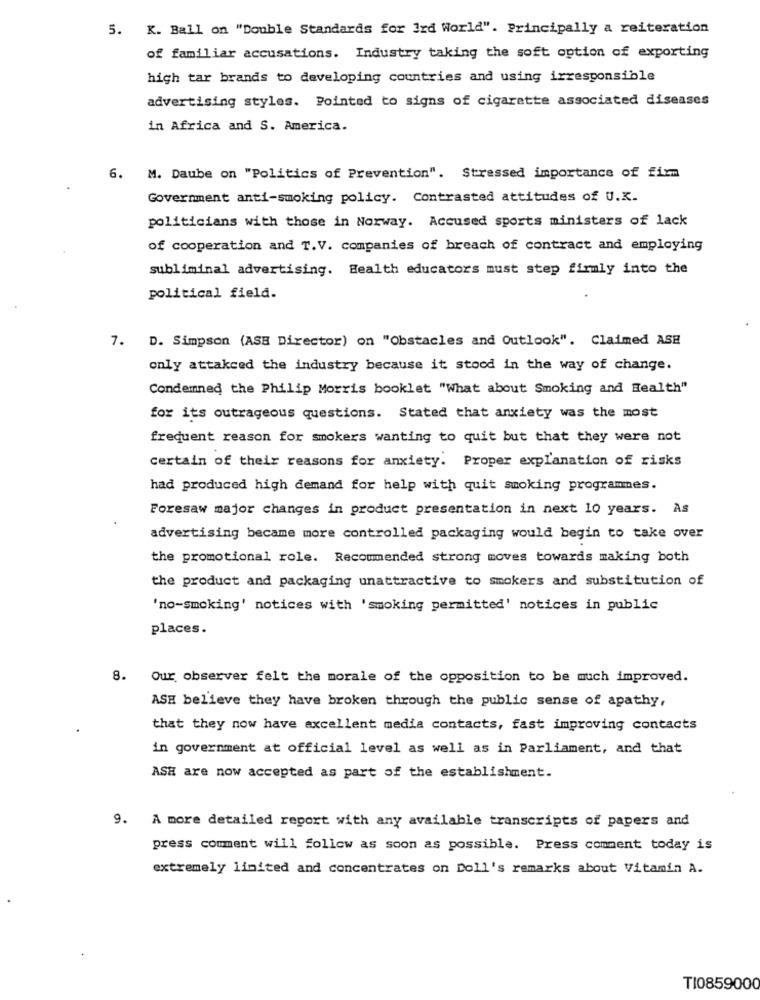
5. K. Ball on "Double Standards for 3rd World". Principally a reiteration
of familiar accusations. Industry taking the soft option of exporting
high tar brands to developing countries and using irresponsible
advertising styles. Pointed to signs of cigarette associated diseases
in Africa and S. America.
6. M. Daube on "Politics of Prevention". Stressed importance of firm
Government anti-smoking policy. Contrasted attitudes of U.K.
politicians with those in Norway. Accused sports ministers of lack
of cooperation and T.V. companies of breach of contract and employing
subliminal advertising. Health educators must step firmly into the
political field.
7. D. Simpson (ASE Director) on "Obstacles and Outlook". Claimed ASE
only attakced the industry because it stood in the way of change.
Condemned the Philip Morris booklet "What about Smoking and Health"
for its outrageous questions. Stated that anxiety was the most
frequent reason for smokers wanting to quit but that they were not
certain of their reasons for anxiety. Proper explanation of risks
had produced high demand for help with quit smoking programmes.
Foresaw major changes in product presentation in next 10 years. As
advertising became more controlled packaging would begin to take over
the promotional role. Recommended strong moves towards making both
the product and packaging unattractive to smokers and substitution of
'no-smoking' notices with 'smoking permitted' notices in public
places.
8. Our observer felt the morale of the opposition to be much improved.
ASH believe they have broken through the public sense of apathy,
that they now have excellent media contacts, fast improving contacts
in government at official level as well as in Parliament, and that
ASH are now accepted as part of the establishment.
9. A more detailed report with any available transcripts of papers and
press comment will follow as soon as possible. Press comment today is
extremely limited and concentrates on Doll's remarks about Vitamin A.
TI0859000